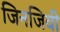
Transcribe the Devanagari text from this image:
जिनजिवी